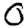
Digit: 0